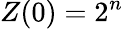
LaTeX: Z(0)=2^{n}